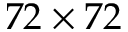
7 2 \times 7 2